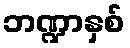
ဘဏ္ဍာနှစ်